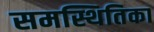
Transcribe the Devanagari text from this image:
समस्थितिका